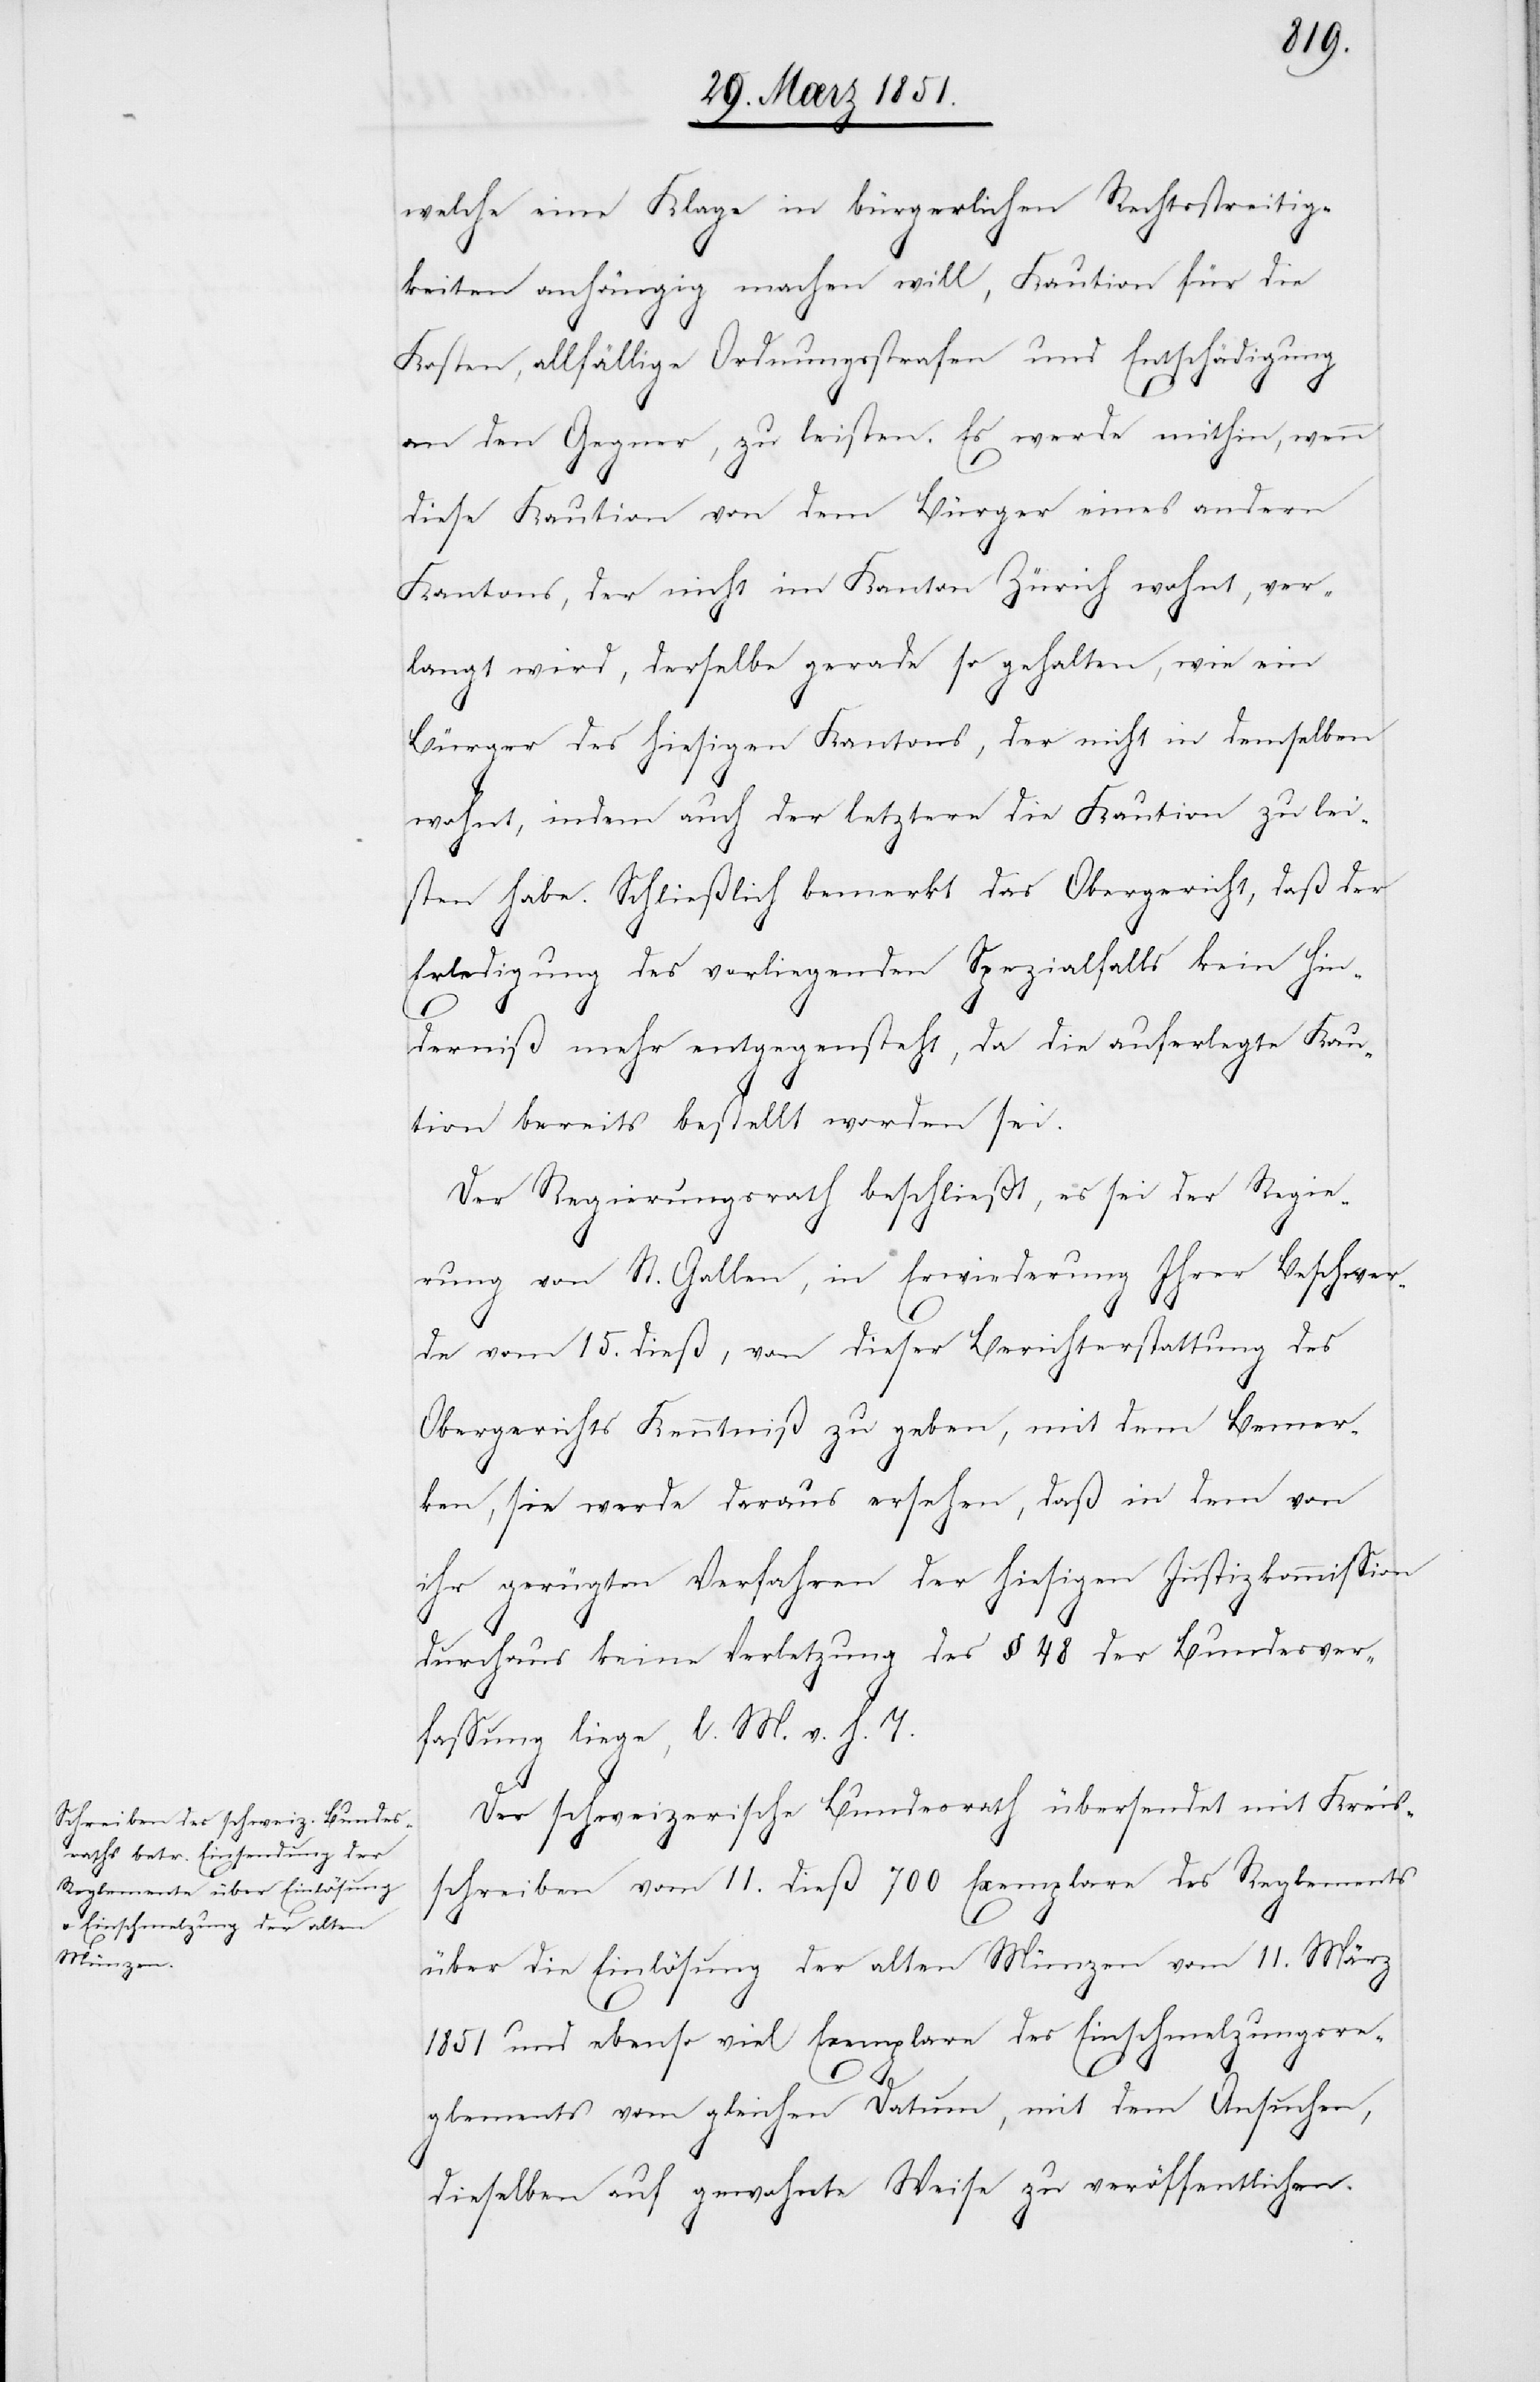
welche eine Klage in bürgerlichen Rechtsstreitig¬
keiten anhängig machen will, Kaution für die
Kosten, allfällige Ordnungsstrafen und Entschädigung
an den Gegner, zu leisten. Es werde mithin, wenn
diese Kaution von dem Bürger eines andern
Kantons, der nicht im Kanton Zürich wohnt, ver¬
langt wird, derselbe gerade so gehalten, wie ein
Bürger des hiesigen Kantons, der nicht in demselben
wohnt, indem auch der letztere die Kaution zu lei¬
sten habe. Schließlich bemerkt das Obergericht, daß der
Erledigung des vorliegenden Spezialfalls kein Hin¬
derniß mehr entgegensteht, da die auferlegte Kau¬
tion bereits bestellt worden sei.
Der Regierungsrath beschließt, es sei der Regie¬
rung von St. Gallen, in Erwiederung Ihrer Beschwer¬
de vom 15. dieß, von dieser Berichterstattung des
Obergerichts Kenntniß zu geben, mit dem Bemer¬
ken, sie werde daraus ersehen, daß in dem von
ihr gerügten Verfahren der hiesigen Justizkommission
durchaus keine Verletzung des § 48 der Bundesver¬
fassung liege, l. M. v. h. T.
Der schweizerische Bundesrath übersendet mit Kreis¬
schreiben vom 11. dieß 700 Exemplare des Reglements
über die Einlösung der alten Münzen vom 11. März
1851 und ebenso viel Exemplare des Einschmelzungsre¬
glements vom gleichen Datum, mit dem Ansuchen,
dieselben auf gewohnte Weise zu veröffentlichen.